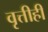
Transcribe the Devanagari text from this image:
वृत्तीही